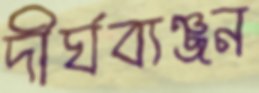
দীর্ঘব্যঞ্জন